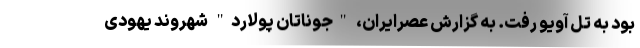
بود به تل آویو رفت. به گزارش عصرایران، "جوناتان پولارد" شهروند یهودی